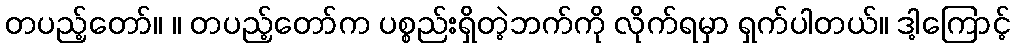
တပည့်တော်။ ။ တပည့်တော်က ပစ္စည်းရှိတဲ့ဘက်ကို လိုက်ရမှာ ရှက်ပါတယ်။ ဒါ့ကြောင့်